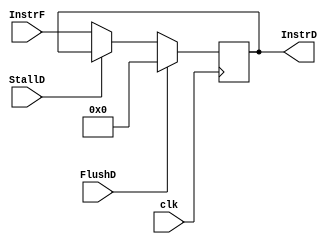
`timescale 1ns / 1ps

module pipeA(
	 input clk, StallD, FlushD,
	 input [15:0] InstrF,
	 output reg [15:0] InstrD
	 );
	 
	always @(posedge clk)
		if (FlushD) InstrD <= 16'b0;	
		else if (~StallD)	InstrD <= InstrF;
endmodule